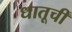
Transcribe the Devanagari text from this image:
धातूचीं